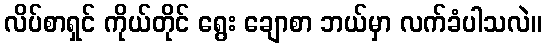
လိပ်စာရှင် ကိုယ်တိုင် ရွေး ချောစာ ဘယ်မှာ လက်ခံပါသလဲ။